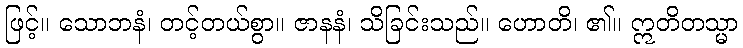
ဖြင့်။ သောဘနံ၊ တင့်တယ်စွာ။ ဇာနနံ၊ သိခြင်းသည်။ ဟောတိ၊ ၏။ ဣတိတသ္မာ